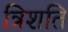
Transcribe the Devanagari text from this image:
त्रिशति